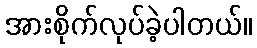
အားစိုက်လုပ်ခဲ့ပါတယ်။